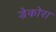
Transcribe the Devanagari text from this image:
डेकोरा